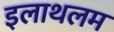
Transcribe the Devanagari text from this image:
इलाथलम